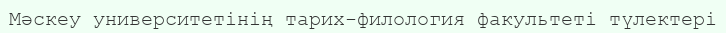
Мәскеу университетінің тарих-филология факультеті түлектері